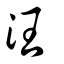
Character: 𣳫